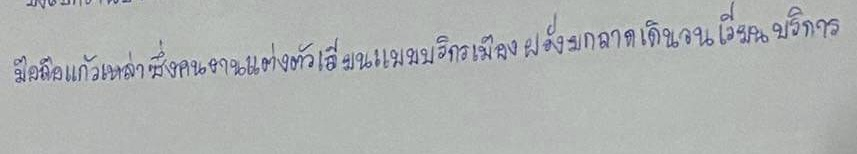
มือถือแก้วเหล้าซึ่งคนงานแต่งตัวเลียนแบบบริกรเมืองฝรั่งยกถาดเดินวนเวียนบริการ